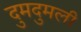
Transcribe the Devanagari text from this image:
दुमदुमली